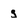
Character: g